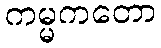
ကမ္မကတော